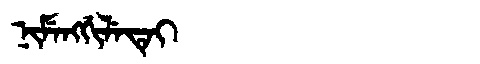
Manchu: ᠨᡳᠮᡝᠩᡤᡳᠯᡝᡨᡝᡳ
Romanization: NIMENGGILETEI